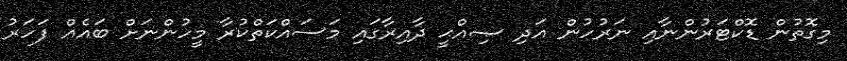
މިގޮތުން ޑޮކްޓަރުންނާއި ނަރުހުން އަދި ޞިއްޙީ ދާއިރާގައި މަސައްކަތްކުރާ މީހުންނަށް ބައެއް ފަހަރު